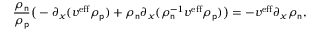
\frac { \rho _ { \mathsf { n } } } { \rho _ { \mathsf { p } } } \big ( - \partial _ { x } ( v ^ { \mathrm { e f f } } \rho _ { \mathsf { p } } ) + \rho _ { \mathsf { n } } \partial _ { x } ( \rho _ { \mathsf { n } } ^ { - 1 } v ^ { \mathrm { e f f } } \rho _ { \mathsf { p } } ) \big ) = - v ^ { \mathrm { e f f } } \partial _ { x } \rho _ { \mathsf { n } } ,